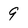
Character: 9